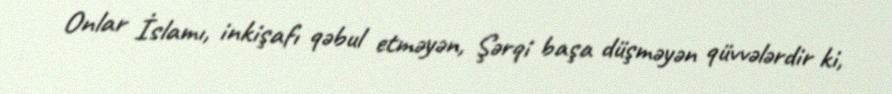
Onlar İslamı, inkişafı qəbul etməyən, Şərqi başa düşməyən qüvvələrdir ki,